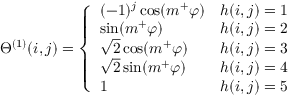
\Theta ^ { ( 1 ) } ( i , j ) = \left\{ \begin{array} { l l } { ( - 1 ) ^ { j } \cos ( m ^ { + } \varphi ) } & { h ( i , j ) = 1 } \\ { \sin ( m ^ { + } \varphi ) } & { h ( i , j ) = 2 } \\ { \sqrt { 2 } \cos ( m ^ { + } \varphi ) } & { h ( i , j ) = 3 } \\ { \sqrt { 2 } \sin ( m ^ { + } \varphi ) } & { h ( i , j ) = 4 } \\ { 1 } & { h ( i , j ) = 5 } \end{array} \right.